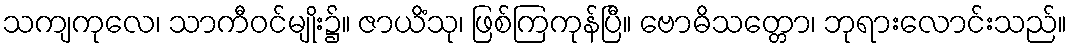
သကျကုလေ၊ သာကီဝင်မျိုး၌။ ဇာယိံသု၊ ဖြစ်ကြကုန်ပြီ။ ဗောဓိသတ္တော၊ ဘုရားလောင်းသည်။